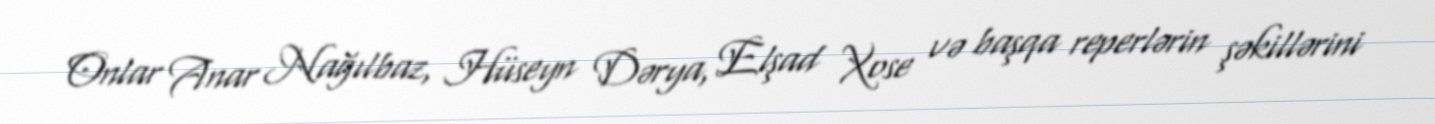
Onlar Anar Nağılbaz, Hüseyn Dərya, Elşad Xose və başqa reperlərin şəkillərini